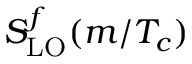
S _ { \mathrm { L O } } ^ { f } ( m / T _ { c } )